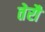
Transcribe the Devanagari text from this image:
तेरौ